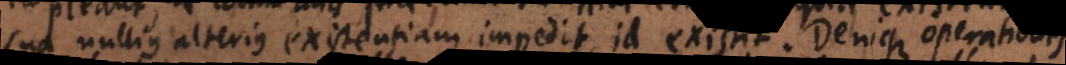
sua nullius alterius existentiam impedit, id existit. Denique operationes